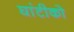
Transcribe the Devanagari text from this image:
घांटीको